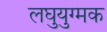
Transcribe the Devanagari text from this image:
लघुयुग्मक